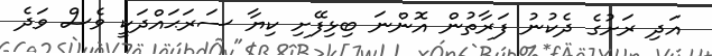
އަދި ރަށުގެ ދެކުނު ފަރާތުން އޮންނަ ބިޅިފޭށި ކިޔާ ސަރަޙައްދަކީ ވެސް ވަދެ